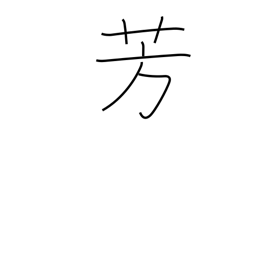
Meaning: balmy